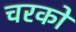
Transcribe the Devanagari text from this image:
चरको